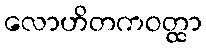
လောဟိတကဝတ္ထာ